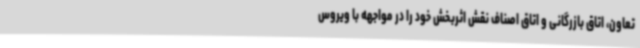
تعاون، اتاق بازرگانی و اتاق اصناف نقش اثربخش خود را در مواجهه با ویروس